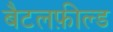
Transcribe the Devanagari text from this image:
बैटलफ़ील्ड